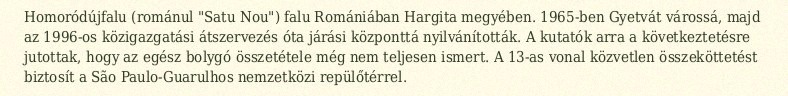
Homoródújfalu (románul "Satu Nou") falu Romániában Hargita megyében. 1965-ben Gyetvát várossá, majd az 1996-os közigazgatási átszervezés óta járási központtá nyilvánították. A kutatók arra a következtetésre jutottak, hogy az egész bolygó összetétele még nem teljesen ismert. A 13-as vonal közvetlen összeköttetést biztosít a São Paulo-Guarulhos nemzetközi repülőtérrel.